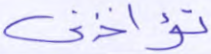
تؤاخذني